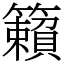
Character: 籟